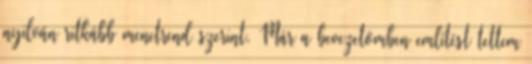
nyilván ritkább menetrend szerint. Már a bevezetőmben említést tettem